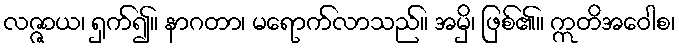
လဇ္ဇာယ၊ ရှက်၍။ နာဂတာ၊ မရောက်လာသည်။ အမှိ၊ ဖြစ်၏။ ဣတိအဝေါစ၊